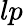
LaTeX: lp